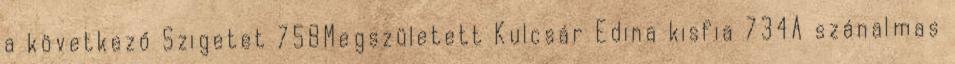
a következő Szigetet 758Megszületett Kulcsár Edina kisfia 734A szánalmas